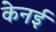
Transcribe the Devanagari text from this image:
केनई